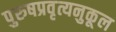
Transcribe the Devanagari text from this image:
पुरुषप्रवृत्यनुकूल